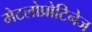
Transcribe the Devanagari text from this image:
मेटलोप्रोटिनेज